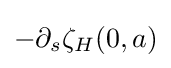
-\partial _{s}\zeta _{H}(0,a)